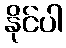
နိုင်ပါ